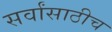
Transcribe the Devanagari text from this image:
सर्वांसाठीच